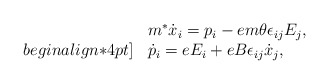
\begin{align*}\begin{array}{ll} &m^*\dot{x}_{i}=p_{i}-em\theta\epsilon_{ij}E_{j}, \\begin{align*}4pt] &\dot{p}_{i}=eE_{i}+eB\epsilon_{ij}\dot{x}_{j}, \end{array}\end{align*}